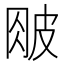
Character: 𰤤